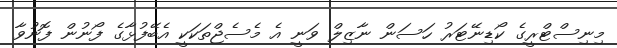
މިނިސްޓްރީގެ ކޯޑިނޭޓަރު ހަސަން ނާޒިލް ވަނީ އެ މެސެޖްތަކަކީ އެބޭފުޅާގެ ފޯނުން ފޮނުވާ